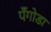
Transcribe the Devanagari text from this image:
पँगोडा